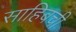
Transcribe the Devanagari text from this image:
साहिबची